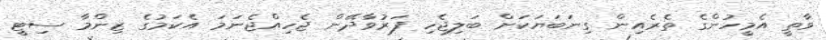
ވާތީ އެމީހުންގެ ތެރެއިން ގިނަބަޔަކަށް ބަލިޖެހި ފަރުވާދޭން ޖެހިއްޖެނަމަ އެކަމުގެ ޒިންމާ ސިޓީ